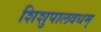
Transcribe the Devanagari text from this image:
शिशुपालवधम्